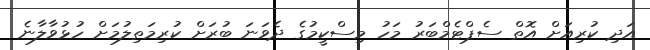
އަދި ކުރިއަށް އޮތް ސެޕްޓެމްބަރު މަހު މިސްކީމުގެ ދެވަނަ ބުރަށް ކުރިމަތިލުމަށް ހުޅުވާލާނެ